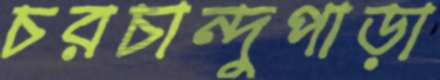
চরচান্দুপাড়া